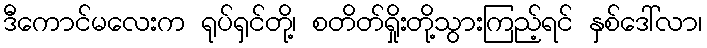
ဒီကောင်မလေးက ရုပ်ရှင်တို့၊ စတိတ်ရှိုးတို့သွားကြည့်ရင် နှစ်ဒေါ်လာ၊